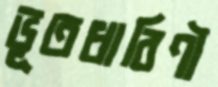
ভূতধারিণী